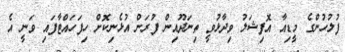
ފުލުހުންގެ މީޑިއާ އޮފިޝަލު ވިދާޅުވީ ތިނަދޫއިން ފުރަން އުޅެނިކޮށް ހިފަހައްޓާފައި ވަނީ އެ